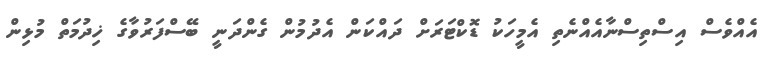
އެއްވެސް އިސްތިސްނާއެއްނެތި އެމީހަކު ޑޮކްޓަރަށް ދައްކަން އެދުމުން ގެންދަނީ ބޭސްފަރުވާގެ ޚިދުމަތް މުޅިން